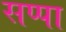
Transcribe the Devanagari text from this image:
सप्पा